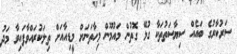
ސަރުކާރުގެ ބައެއް ސިޔާސަތުތަކާ ގުޅޭ ގޮތުން މައުމޫން މިހާތަނަށް މީޑިއާއަށް ތިލަކުރައްވާފައިވާ މަދު